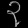
Digit: ၃